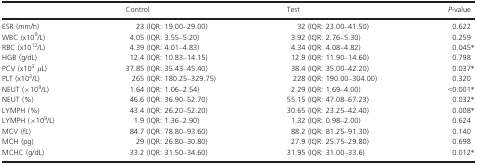
<table><thead><tr><td></td><td><b>Control</b></td><td><b>Test</b></td><td><b><i>P</i>‐value</b></td></tr></thead><tbody><tr><td>ESR (mm/h)</td><td>23 (IQR: 19.00–29.00)</td><td>32 (IQR: 23.00–41.50)</td><td>0.622</td></tr><tr><td>WBC (x10<sup>9</sup>/L)</td><td>4.05 (IQR: 3.55–5.20)</td><td>3.92 (IQR: 2.76–5.30)</td><td>0.259</td></tr><tr><td>RBC (x10<sup>12</sup>/L)</td><td>4.39 (IQR: 4.01–4.83)</td><td>4.34 (IQR: 4.08–4.82)</td><td>0.045a</td></tr><tr><td>HGB (g/dL)</td><td>12.4 (IQR: 10.83–14.15)</td><td>12.9 (IQR: 11.90–14.60)</td><td>0.798</td></tr><tr><td>PCV (x10<sup>3 </sup><i>μ</i>L)</td><td>37.85 (IQR: 35.43–45.40)</td><td>38.4 (IQR: 35.00–42.20)</td><td>0.037a</td></tr><tr><td>PLT (x10<sup>3</sup>/L)</td><td>265 (IQR: 180.25–329.75)</td><td>228 (IQR: 190.00–304.00)</td><td>0.320</td></tr><tr><td>NEUT (×10<sup>9</sup>/L)</td><td>1.64 (IQR: 1.06–2.54)</td><td>2.29 (IQR: 1.69–4.00)</td><td>&lt;0.001a</td></tr><tr><td>NEUT (%)</td><td>46.6 (IQR: 36.90–52.70)</td><td>55.15 (IQR: 47.08–67.23)</td><td>0.032a</td></tr><tr><td>LYMPH (%)</td><td>43.4 (IQR: 26.20–52.20)</td><td>30.65 (IQR: 23.25–42.40)</td><td>0.008a</td></tr><tr><td>LYMPH (×10<sup>9</sup>/L)</td><td>1.9 (IQR: 1.36–2.90)</td><td>1.32 (IQR: 0.98–2.00)</td><td>0.624</td></tr><tr><td>MCV (fL)</td><td>84.7 (IQR: 78.80–93.60)</td><td>88.2 (IQR: 81.25–91.30)</td><td>0.140</td></tr><tr><td>MCH (pg)</td><td>29 (IQR: 26.80–30.80)</td><td>27.9 (IQR: 25.75–29.80)</td><td>0.698</td></tr><tr><td>MCHC (g/dL)</td><td>33.2 (IQR: 31.50–34.60)</td><td>31.95 (IQR: 31.00–33.6)</td><td>0.012a</td></tr></tbody></table>